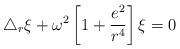
LaTeX: \begin{align*}\triangle_r\xi + \omega^2\left[1+\frac{e^2}{r^4}\right]\xi = 0\end{align*}